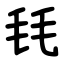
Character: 㲎